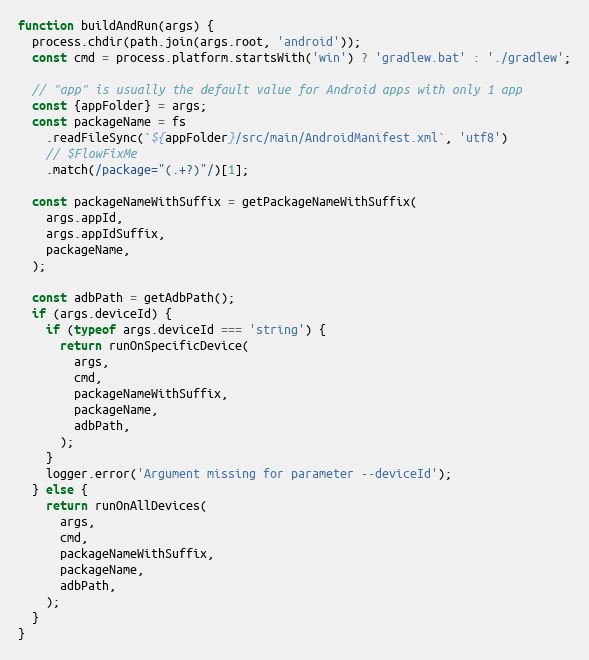
Language: JavaScript
function buildAndRun(args) {
  process.chdir(path.join(args.root, 'android'));
  const cmd = process.platform.startsWith('win') ? 'gradlew.bat' : './gradlew';

  // "app" is usually the default value for Android apps with only 1 app
  const {appFolder} = args;
  const packageName = fs
    .readFileSync(`${appFolder}/src/main/AndroidManifest.xml`, 'utf8')
    // $FlowFixMe
    .match(/package="(.+?)"/)[1];

  const packageNameWithSuffix = getPackageNameWithSuffix(
    args.appId,
    args.appIdSuffix,
    packageName,
  );

  const adbPath = getAdbPath();
  if (args.deviceId) {
    if (typeof args.deviceId === 'string') {
      return runOnSpecificDevice(
        args,
        cmd,
        packageNameWithSuffix,
        packageName,
        adbPath,
      );
    }
    logger.error('Argument missing for parameter --deviceId');
  } else {
    return runOnAllDevices(
      args,
      cmd,
      packageNameWithSuffix,
      packageName,
      adbPath,
    );
  }
}